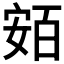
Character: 𡩛